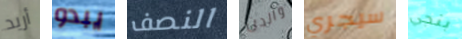
أريد يبدو النصف والدن سيجري بنجي